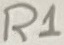
Text: R1